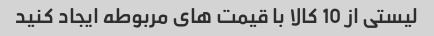
لیستی از 10 کالا با قیمت های مربوطه ایجاد کنید